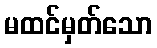
မထင်မှတ်သော